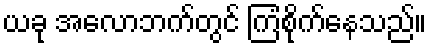
ယခု အေလာဘက်တွင် ကြံစိုက်နေသည်။